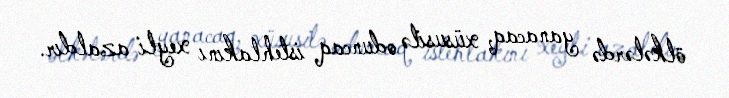
ölkələrdə yanacaq, xüsusilə oduncaq istehlakını xeyli azaldır.